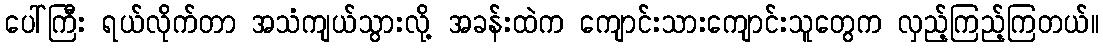
ပေါ်ကြီး ရယ်လိုက်တာ အသံကျယ်သွားလို့ အခန်းထဲက ကျောင်းသားကျောင်းသူတွေက လှည့်ကြည့်ကြတယ်။